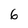
Character: 6